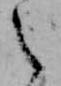
え